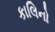
કાલિનો